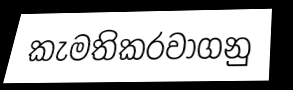
කැමතිකරවාගනු